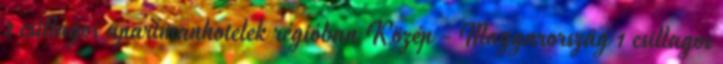
3 csillagos apartmanhotelek régióban Közép - Magyarország 1 csillagos